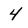
Character: 4